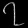
Digit: ၇